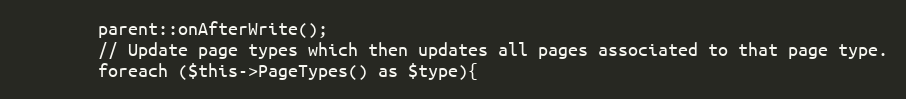
Language: PHP
        parent::onAfterWrite();
        // Update page types which then updates all pages associated to that page type.
        foreach ($this->PageTypes() as $type){